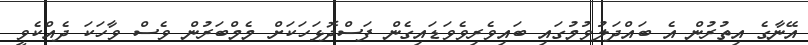
އޭނާގެ އިތުރުން އެ ބައްދަލުވުމުގައި ބައިވެރިވެވަޑައިގެން ފަސްދޮޅަހަކަށް މެމްބަރުން ވެސް ވާހަކަ ދެއްކެވީ